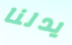
يدلنا